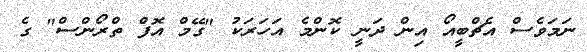
ނަމަވެސް އެޗްބީއޯ އިން ދަނީ ކޮންމެ އަހަރަކު "ގޭމް އޮފް ތްރޯންސް" ގެ